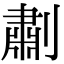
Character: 㔅